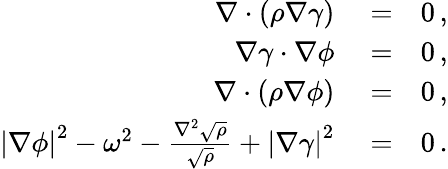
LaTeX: \begin{array}{rlr}{\nabla\cdot\left(\rho\nabla\gamma\right)}&{{}=}&{0\, ,}\\ {\nabla\gamma\cdot\nabla\phi}&{{}=}&{0\, ,}\\ {\nabla\cdot\left(\rho\nabla\phi\right)}&{{}=}&{0\, ,}\\ {\left|\nabla\phi\right|^{2}-\omega^{2}-\frac{\nabla^{2}\sqrt{\rho}}{\sqrt{\rho}}+\left|\nabla\gamma\right|^{2}}&{{}=}&{0\, .}\end{array}